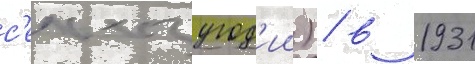
с'ельхозугод'ии) / в 1931